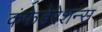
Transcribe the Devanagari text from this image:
कंफेडेरेशन्स